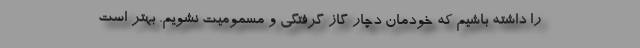
را داشته باشیم که خودمان دچار گاز گرفتگی و مسمومیت نشویم. بهتر است